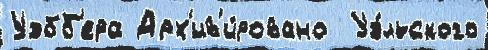
Уэбб'ера Арх'ив'и́ровано  Уэ́льского